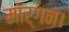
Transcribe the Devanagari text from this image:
मॉर्गन।